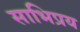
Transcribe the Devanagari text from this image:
साभिप्रय